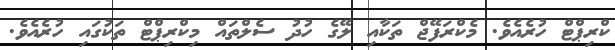
ކްރިޕްޓް ހުރެއެވެ. މެކްރަފޭޖް ތަކާއި ލޭގެ ހުދު ސެލްތައް މިކްރިޕްޓް ތަކުގައި ހުރެއެވެ.